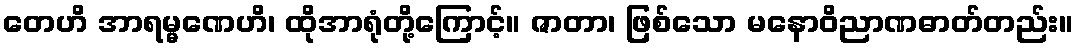
တေဟိ အာရမ္မဏေဟိ၊ ထိုအာရုံတို့ကြောင့်။ ဇာတာ၊ ဖြစ်သော မနောဝိညာဏဓာတ်တည်း။